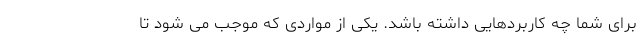
برای شما چه کاربردهایی داشته باشد. یکی از مواردی که موجب می شود تا